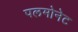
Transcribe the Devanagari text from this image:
पलमोनेट